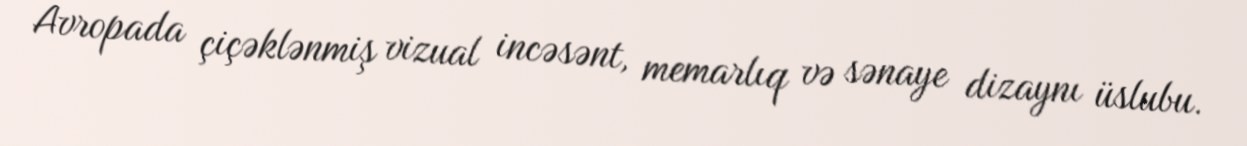
Avropada çiçəklənmiş vizual incəsənt, memarlıq və sənaye dizaynı üslubu.